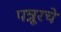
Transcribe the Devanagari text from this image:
पन्नूरचे